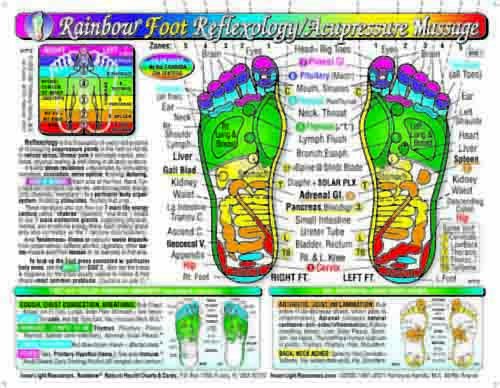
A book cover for Rainbow FOOT Reflexology/ Acupressure Massage Chart; Yshkeyna Hamilla M.A; Health, Fitness & Dieting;